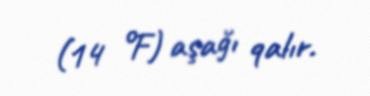
(14 °F) aşağı qalır.